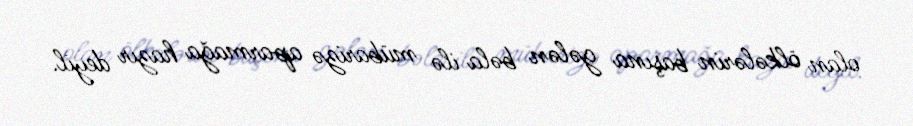
olan ölkələrin başına gələn bəla ilə mübarizə aparmağa hazır deyil.